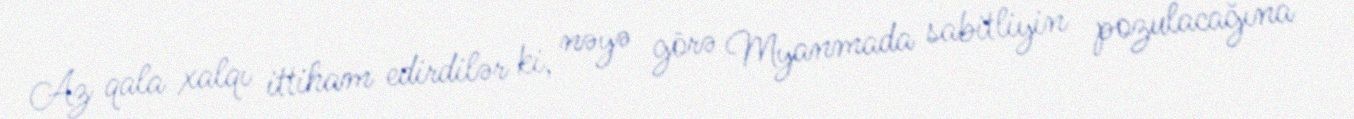
Az qala xalqı ittiham edirdilər ki, nəyə görə Myanmada sabitliyin pozulacağına